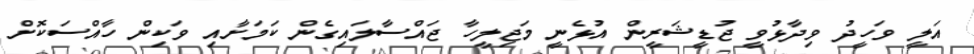
އަލީ ވަހީދު ވިދާޅުވީ ޖުޑީޝަރީން އުޅެނީ މަޖިލީހާ ޖައްސާލައިގެން ކަމަށާއި ވަކިން ހާއްސަކޮށް